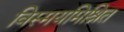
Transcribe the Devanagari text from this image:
विस्मयमिश्रित